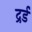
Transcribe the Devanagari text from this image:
द्रर्ड